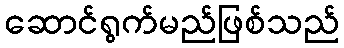
ဆောင်ရွက်မည်ဖြစ်သည်